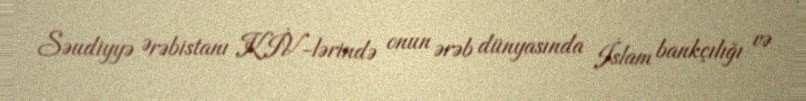
Səudiyyə Ərəbistanı KİV-lərində onun ərəb dünyasında İslam bankçılığı və